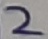
Text: 2